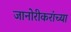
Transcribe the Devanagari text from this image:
जानोरीकरांच्या